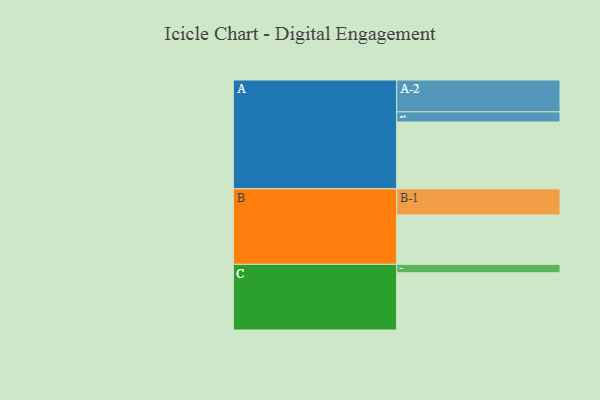
{"axis": {"x": "Segment", "y": "Value"}, "legend": ["", "A", "B", "C"], "data": [{"x": "A", "y": 514, "type": ""}, {"x": "B", "y": 380, "type": ""}, {"x": "C", "y": 440, "type": ""}, {"x": "A-1", "y": 78, "type": "A"}, {"x": "A-2", "y": 245, "type": "A"}, {"x": "B-1", "y": 201, "type": "B"}, {"x": "C-1", "y": 65, "type": "C"}]}